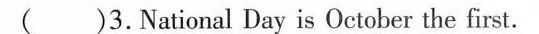
( )3.National Day is October the first.